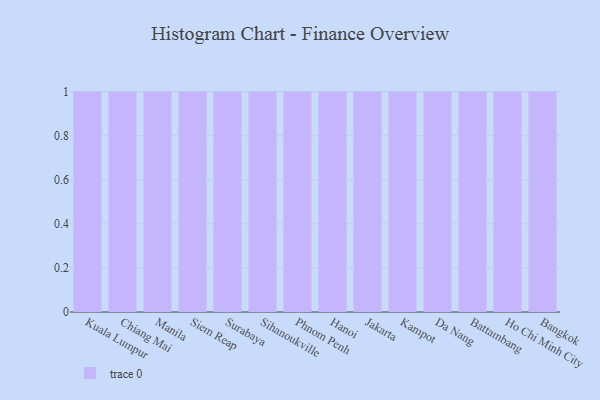
{"axis": {"x": "City", "y": "Population (Million)"}, "legend": [""], "data": [{"x": "Kuala Lumpur", "y": 12, "type": ""}, {"x": "Chiang Mai", "y": 8, "type": ""}, {"x": "Manila", "y": 25, "type": ""}, {"x": "Siem Reap", "y": 33, "type": ""}, {"x": "Surabaya", "y": 20, "type": ""}, {"x": "Sihanoukville", "y": 52, "type": ""}, {"x": "Phnom Penh", "y": 16, "type": ""}, {"x": "Hanoi", "y": 48, "type": ""}, {"x": "Jakarta", "y": 15, "type": ""}, {"x": "Kampot", "y": 71, "type": ""}, {"x": "Da Nang", "y": 71, "type": ""}, {"x": "Battambang", "y": 70, "type": ""}, {"x": "Ho Chi Minh City", "y": 5, "type": ""}, {"x": "Bangkok", "y": 81, "type": ""}]}